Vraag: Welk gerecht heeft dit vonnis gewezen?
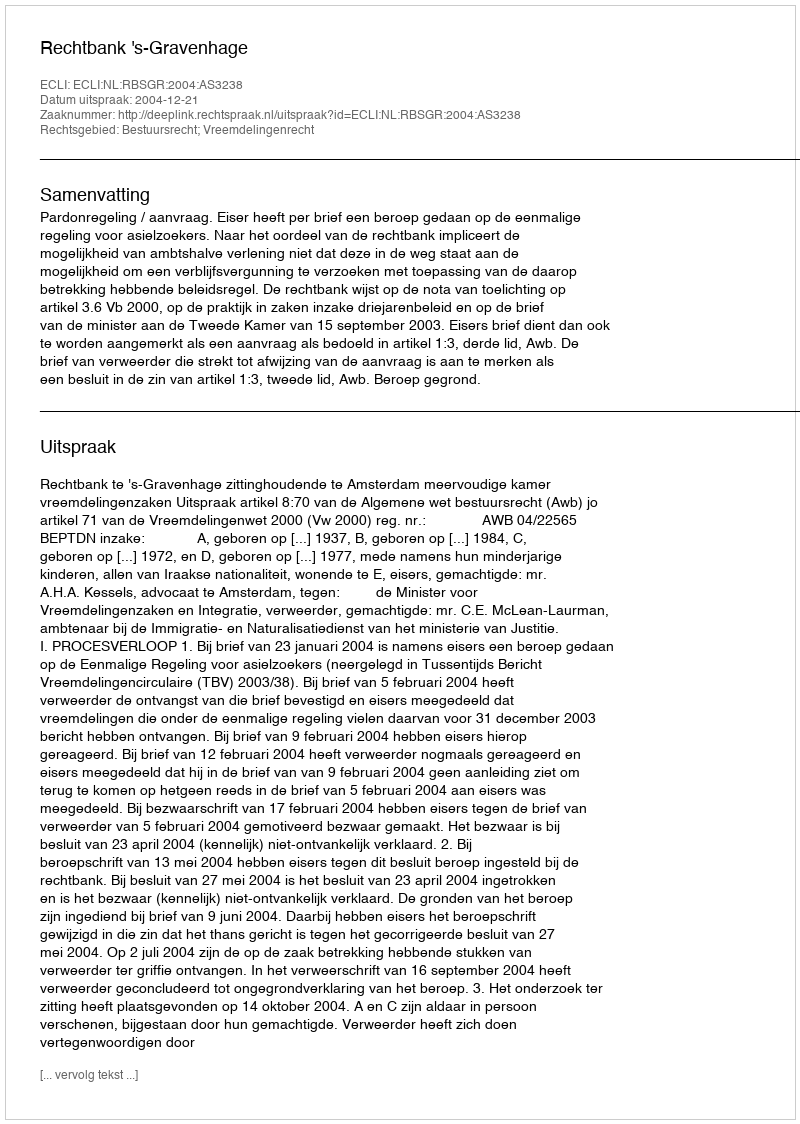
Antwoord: Rechtbank 's-Gravenhage